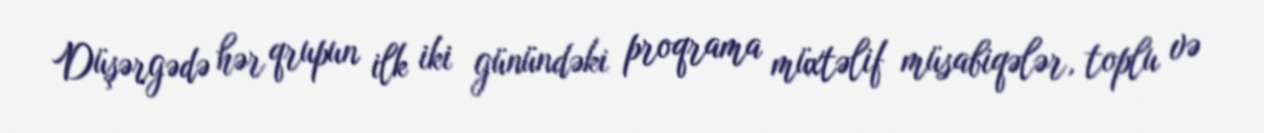
Düşərgədə hər qrupun ilk iki günündəki proqrama müxtəlif müsabiqələr, toplu və